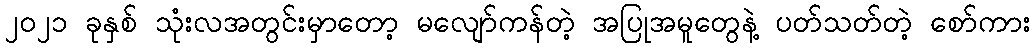
၂၀၂၁ ခုနှစ် သုံးလအတွင်းမှာတော့ မလျော်ကန်တဲ့ အပြုအမူတွေနဲ့ ပတ်သတ်တဲ့ စော်ကား